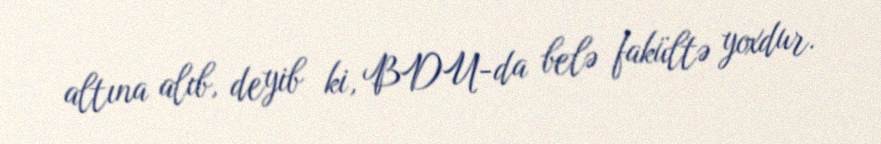
altına alıb, deyib ki, BDU-da belə fakültə yoxdur.